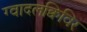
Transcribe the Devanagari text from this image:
ग्वादलक्विविर